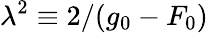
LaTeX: \lambda^{2}\equiv 2/(g_{0}-F_{0})